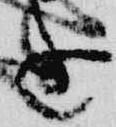
進